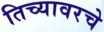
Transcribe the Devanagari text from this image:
तिच्यावरचे